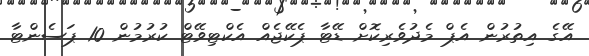
އޭގެ އިތުރުން އެޕް މެދުވެރިކޮށް ޑޭޓާ ޕެކޭޖެއް އެކްޓިވޭޓް ކުރުމުން 10 ޕަސެންޓާ